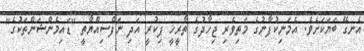
އެނގޭ ބަޔަކަށެވެ. އެމަނިކުފާނުގެ މަތިވެރި ޖިހާދުގެ ތާރީޚީ ފިކުރީ އަދި ނަފްސިއްޔާތީ "ޑައިމެންޝަންތަކުގެ"